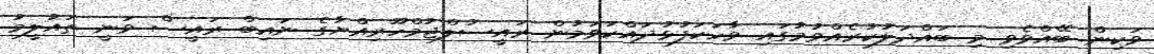
ވަކިން ބޭއްވެވި މި ބައްދަލުކުރެއްވުމުގައި ވާހަކަފުޅުދައްކަވަމުން ރައީސުލްޖުމްހޫރިއްޔާގެ ނައިބް ރައީސް ވަނީ ތައުލީމު